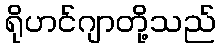
ရိုဟင်ဂျာတို့သည်